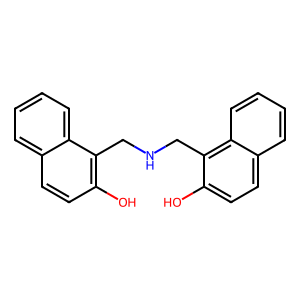
SMILES: Oc1ccc2ccccc2c1CNCc1c(O)ccc2ccccc12
Inhibits HIV replication: No